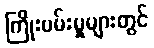
ကြိုးပမ်းမှုများတွင်